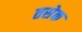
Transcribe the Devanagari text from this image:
तसेक